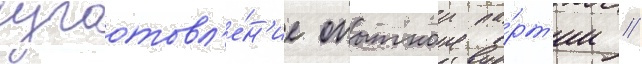
изготовл'е́н'ие опытнои па́рт'ии //